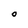
Character: O